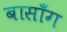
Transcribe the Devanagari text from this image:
बासाँग